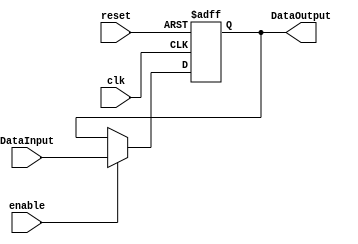
/******************************************************************
* Description
*	This the basic register that is used in the register file
*	1.0
* Author:
*	Dr. Jos Luis Pizano Escalante
* email:
*	luispizano@iteso.mx
* Date:
*	16/08/2021
******************************************************************/
module Register
#(
	parameter N = 32
)
(
	input clk,
	input reset,
	input enable,
	input  [N-1:0] DataInput,
	
	
	output reg [N-1:0] DataOutput
);

always@(negedge reset or posedge clk) begin
	if(reset==0)
		DataOutput <= 0;
	else	
		if(enable==1)
			DataOutput<=DataInput;
end

endmodule